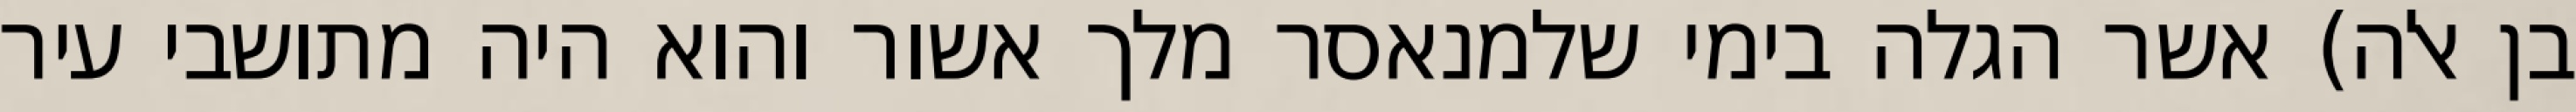
בן אלה) אשר הגלה בימי שלמנאסר מלך אשור והוא היה מתושבי עיר